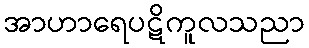
အာဟာရေပဋိကူလသညာ